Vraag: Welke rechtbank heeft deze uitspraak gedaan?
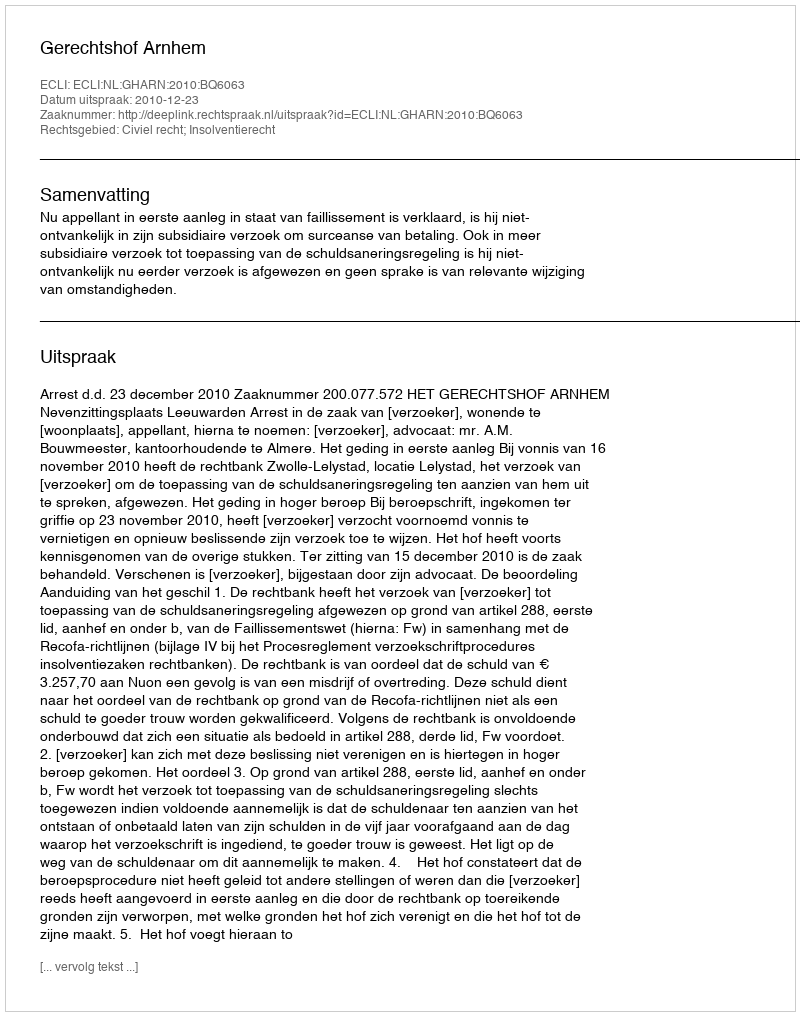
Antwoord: Gerechtshof Arnhem